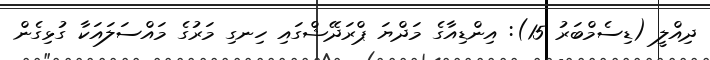
ދިއްލީ (ޑިސެމްބަރު 15): އިންޑިއާގެ މަދްޔަ ޕްރަދޭޝްގައި ހިނގި މަރުގެ މައްސަލައަކާ ގުޅިގެން